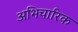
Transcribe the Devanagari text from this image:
अभिचारिक